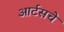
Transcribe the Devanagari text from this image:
आर्टसचे